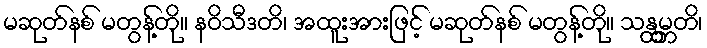
မဆုတ်နစ် မတွန့်တို။ နဝိသီဒတိ၊ အထူးအားဖြင့် မဆုတ်နစ် မတွန့်တို။ သန္ထမ္ဘတိ၊